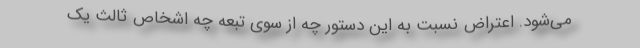
می‌شود. اعتراض نسبت به این دستور چه از سوی تبعه چه اشخاص ثالث یک‌